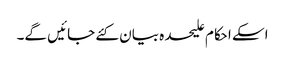
اسکے احکام علیحدہ بیان کئے جائیں گے۔